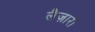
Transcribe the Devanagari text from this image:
लैज़ारो